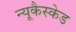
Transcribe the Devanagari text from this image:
न्यूकैस्केड